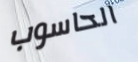
الحاسوب